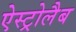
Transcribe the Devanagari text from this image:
ऐस्ट्रोलैब